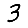
Digit: 3